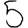
Digit: 5